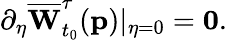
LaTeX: \partial_{\eta}\overline{{\mathbf{W}}}_{t_{0}}^{\tau}(\mathbf{p})\vert_{\eta=0}=\mathbf{0}.